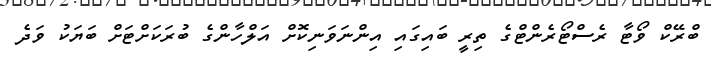
ބްރޭކް ވޯޓާ ރެސްޓޯރެންޓްގެ ތިރީ ބައިގައި އިންނަވަނިކޮށް އަލްހާންގެ ބުރަކަށްޓަށް ބަޔަކު ވަދެ